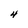
Character: 4